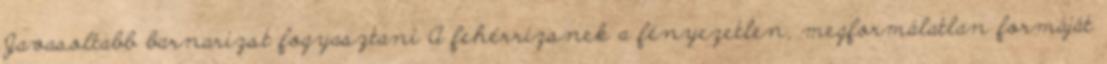
Javasoltabb barnarizst fogyasztani A fehérrizsnek a fényezetlen, megformálatlan formáját